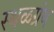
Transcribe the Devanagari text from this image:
स्थळग्रंथ